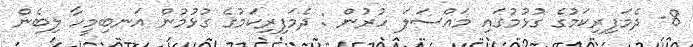
8- ދެމަފިރިކަމުގެ ގުޅުމުގައި މައްސަލަ ހުރުން : ދެމަފިރިކަމުގެ ގުޅުމުން އަނބިމީހާ ލިބެން